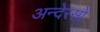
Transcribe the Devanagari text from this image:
अन्देरसों